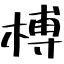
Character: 榑